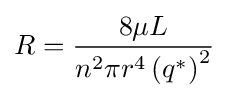
R={\frac {8\mu L}{n^{2}\pi r^{4}\left(q^{*}\right)^{2}}}